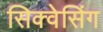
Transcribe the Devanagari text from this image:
सिक्वेसिंग